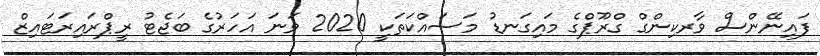
ފައިނޭންސް ވާރކިންގް ގްރޫޕްގެ މައިގަނޑު މަސައްކަތަކީ 2020 ވަނަ އަހަރުގެ ބަޖެޓު ރީޕްރައިރަޓައިޒް